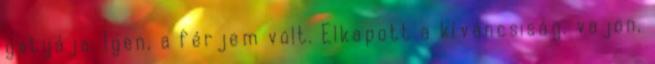
gatyája. Igen, a férjem volt. Elkapott a kíváncsiság. vajon,